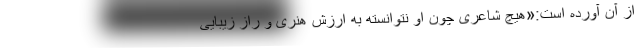
از آن آورده است:«هیچ شاعری چون او نتوانسته به ارزش هنری و راز زیبایی